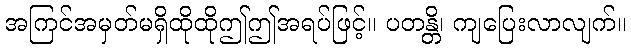
အကြင်အမှတ်မရှိထိုထိုဤဤအရပ်ဖြင့်။ ပတန္တိ၊ ကျပြေးလာလျက်။